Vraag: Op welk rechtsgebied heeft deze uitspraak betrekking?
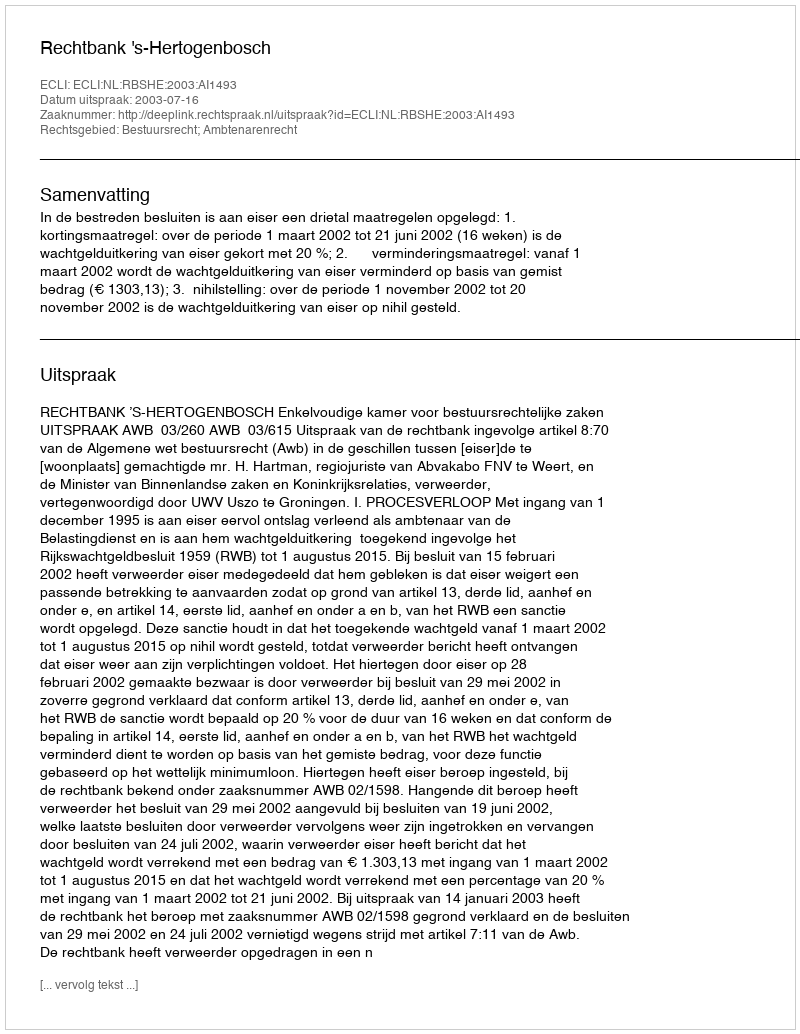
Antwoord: Bestuursrecht; Ambtenarenrecht